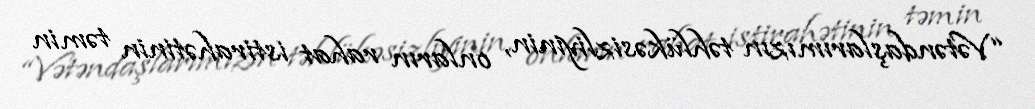
“Vətəndaşlarımızın təhlükəsizliyinin, onların rahat istirahətinin təmin